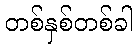
တစ်နှစ်တစ်ခါ